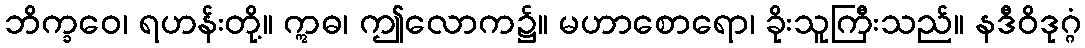
ဘိက္ခဝေ၊ ရဟန်းတို့။ ဣဓ၊ ဤလောက၌။ မဟာစောရော၊ ခိုးသူကြီးသည်။ နဒီဝိဒုဂ္ဂံ